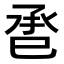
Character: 𢀾